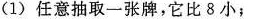
(1)任意抽取一张牌，它比8小；